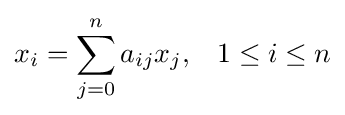
x_{i}=\sum _{j=0}^{n}a_{ij}x_{j},\;\;\;1\leq i\leq n